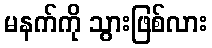
မနက်ကို သွားဖြစ်လား